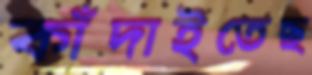
কাঁদাইতেছ